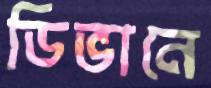
ডিভানে